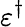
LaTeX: \varepsilon^{\dagger}